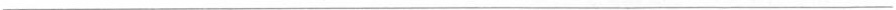
___